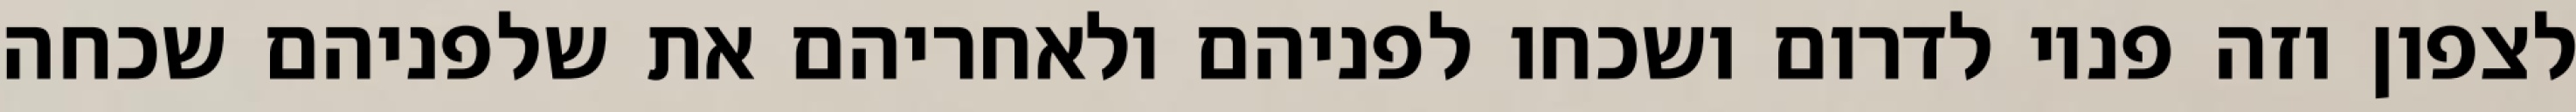
לצפון וזה פניו לדרום ושכחו לפניהם ולאחריהם את שלפניהם שכחה